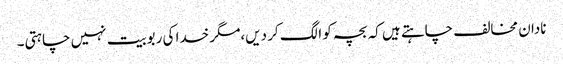
نادان مخالف چاہتے ہیں کہ بچہ کو الگ کر دیں،مگر خدا کی ربوبیت نہیں چاہتی۔